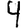
Digit: 4